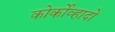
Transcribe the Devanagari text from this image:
कोर्कोव्हादो